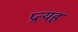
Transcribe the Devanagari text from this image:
प्रत्यहं